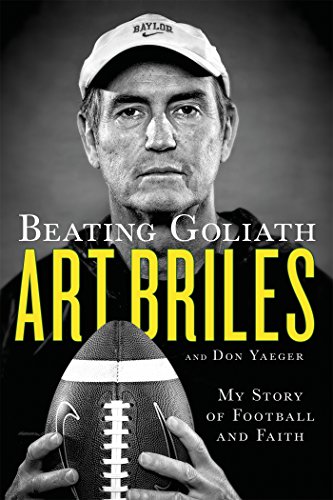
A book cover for Beating Goliath: My Story of Football and Faith; Art Briles; Biographies & Memoirs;